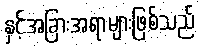
နှင့်အခြားအရာများဖြစ်သည်